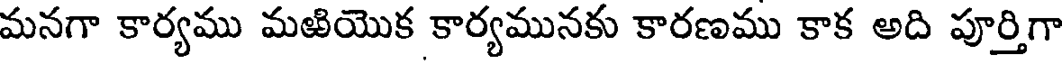
మనగా కార్యము మజియొక కార్యమునకు కారణము కాక అది పూర్తిగా